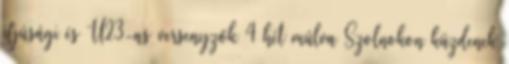
ifjúsági és U23-as versenyzők 4 hét múlva Szolnokon küzdenek